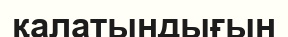
қалатындығын